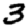
Digit: 3